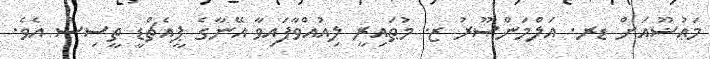
މަޢުޟޫއަށް ޑރ. އަލްމަންޞޫރު ޒ. މުޠައިރީ ލިއުއްވާފައިވާ އޭނާގެ ޕީއެޗްޑީ ތީސިސް އެވެ.